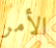
الأمر